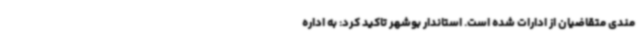
مندی متقاضیان از ادارات شده است. استاندار بوشهر تاکید کرد: به اداره